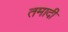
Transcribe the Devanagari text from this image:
तमादी